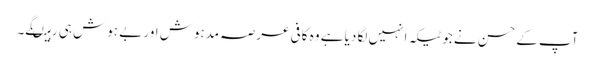
آپ کے حسن نے جو ٹیکہ انہیں لگا دیا ہے وہ کافی عرصہ مدہوش اور بے ہوش ہی رہیںگے۔